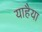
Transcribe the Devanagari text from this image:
याहैया